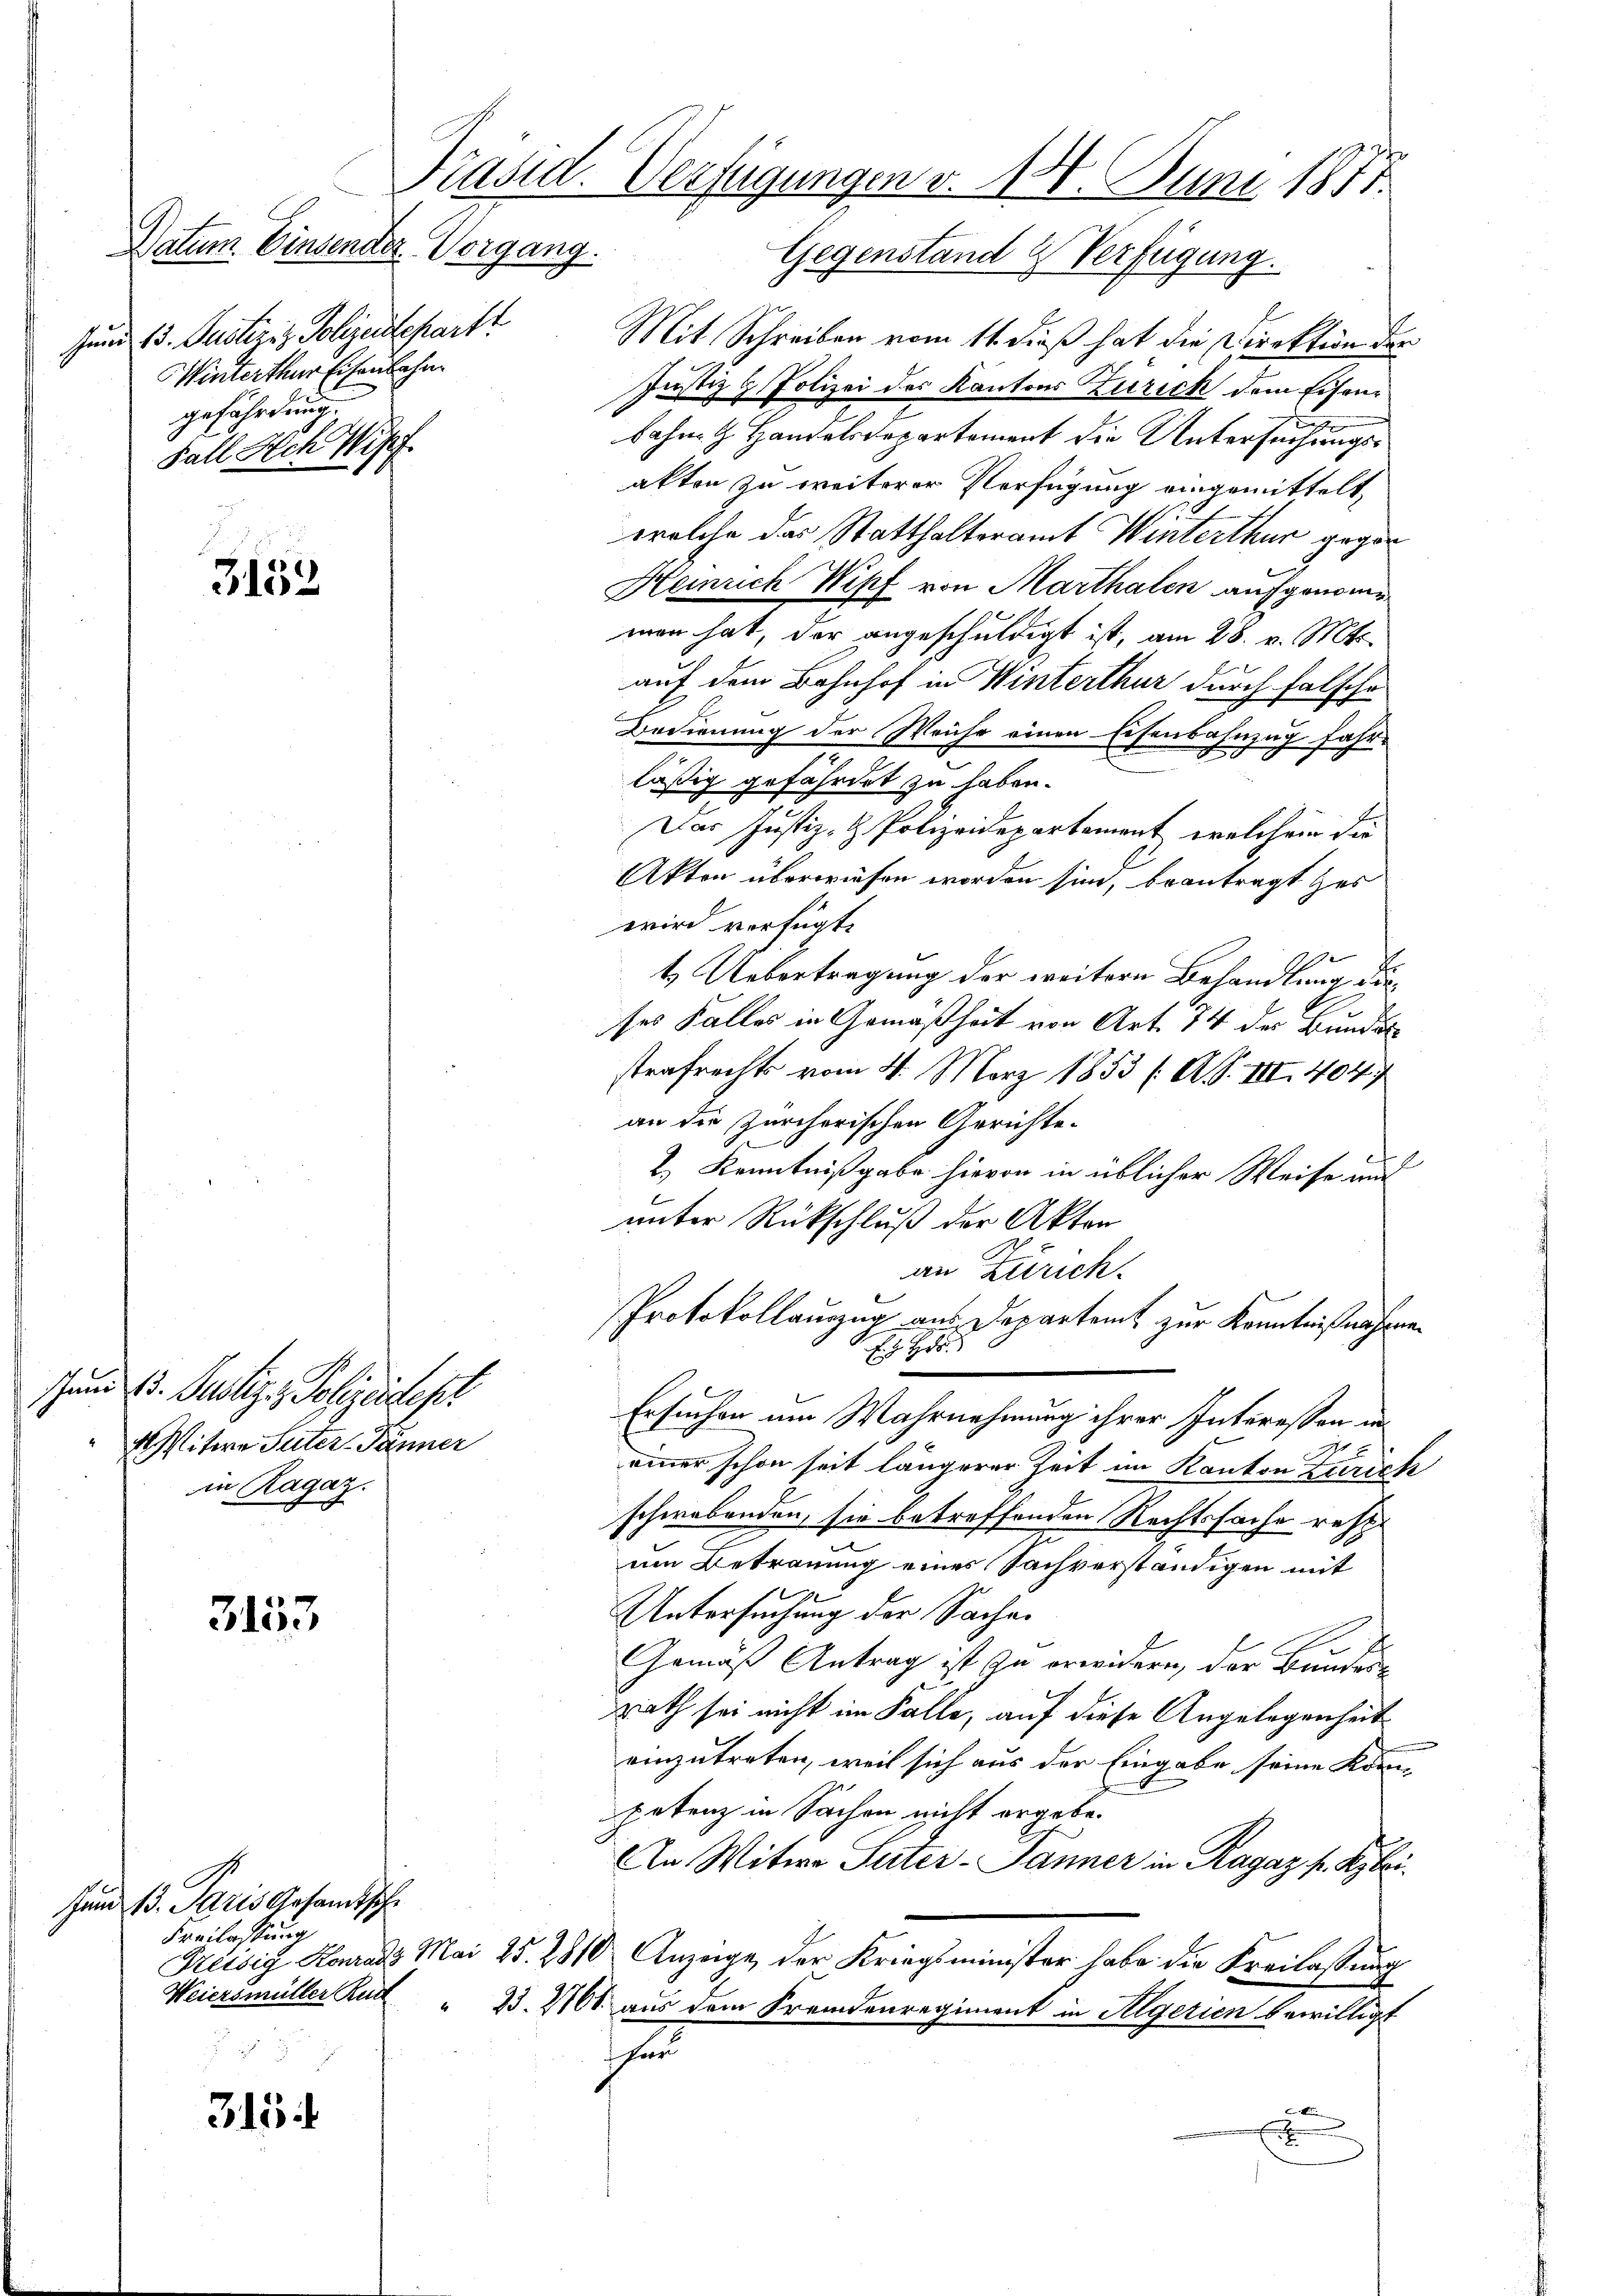
Datum Einsender Vorgang.
Juni 13. Justiziz. Polizeidepart
Winterthur Eisenbahn
gefährdung.
Fall Sech Riff

3152

3153.

315.

schen d. Justiz - Polizeidest
AMitern Suter- Jänner
in Ragaz.

Juni 13. Paris Gesandtsch
Freilassung

Mit Schreiben vom 11. dieß hat die Direktion der
Justiz & Polizei des Kantons Zürich dem Eisenbahre G. Handelsdepartement die Untersuchungsakten zu weiterer Verfügung eingemittelt,
welche das Statthalteramt Winterthur gegen
Heinrich Wipf von Marthalen aufgenomme
men hat, der angeschuldigt ist, am 28. v. Mts.
auf dem Bahnhof in Winterthur durch falsche
Bedienung der Weiche einen Eisenbahnzug fahr-
lässig gefährdet zu haben.
Das Justiz- & Polizeidepartement, welchem die
Akten überwiesen worden sind, beantragt zur
wird verfügt:
t
t Uebertragung der weitern Behandlung dieses Falles in Gemäßheit von Art. 14 des Bundes
strafrechts vom 4. März 1853 (: A. III. 4047
an die Zürcherischen Gerichte.
2.) Kenntnißgabe hievon in üblicher Weise und
unter Rückschluß der Akten
an Zürich.
Protokollauszug aus Departamt zur Kenntnißnahmen
E. H. H
Ersuchen um Wahrnehmung ihrer Interessen in
einer schon seit längerer Zeit im Kanton Zürich
schwebenden sie betreffenden Rechtssache resp
um Betrauung eines Sachverständigen mit
Untersuchung der Sache.
Gemäß Antrag ist zu erwidern, der Bundere
rath sei nicht im Falle, auf diese Angelegenheit
einzutreten, weil sich aus der Eingabe seine Kom-
petenz in Sachen nicht ergebe.
An Witwe Suter- Jänner in Ragaz s. Beybri
Kreisig Konrads Mai 25. 2810 Anzeige der Kriegsminister habe die Freilassung
Weiersmüller Rutt " 23. 2166 aus dem Fremdenregiment in Algerien bewilligt
her
z

Präsid. Verfügungen v. 180. Juni 1871.
Gegenstand & Verfügung.